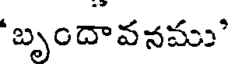
"బృందావనము"